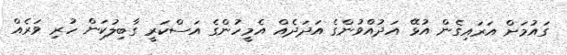
ގައުމަށް އަރައިގެން އުޅޭ އަދުއްވުންގެ އަދަދެއް އެމީހުންގެ އަސްކަރީ ގާބިލުކަން ހުރި ވަރެއް